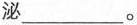
泌 ___ 。